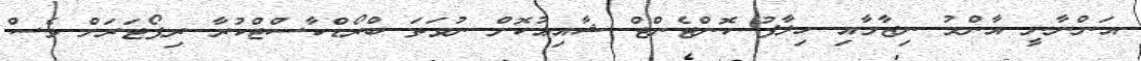
އަންނާނީ އާންމު ނިޒާމާއި ހިލާފު ކޮންޓެންޓް ޝާއިޢުކޮށް ނުވަތަ ބްރޯޑްކާސްޓްކުރާ ރިޕޯޓަރަށް ވެސް